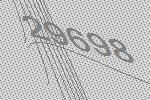
29698